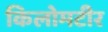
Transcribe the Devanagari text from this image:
किलोमटीर